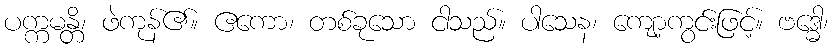
ပက္ကမန္တိ၊ ဖဲကုန်၏။ ဧကော၊ တစ်ခုသော ငါသည်။ ပါသေန၊ ကျော့ကွင်းဖြင့်။ ဗဒ္ဓေါ၊